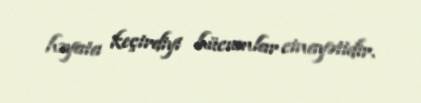
həyata keçirdiyi hücumlar cinayətidir.